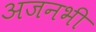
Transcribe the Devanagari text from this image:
अजनभी